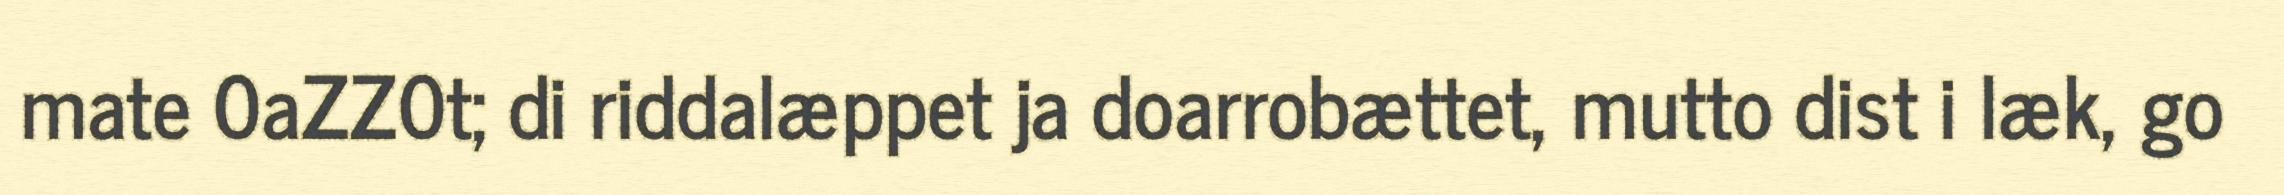
mate 0aZZ0t; di riddalæppet ja doarrobættet, mutto dist i læk, go